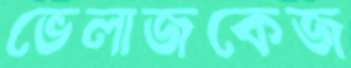
ভেলাজকেজ